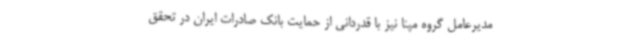
مدیرعامل گروه مپنا نیز با قدردانی از حمایت بانک صادرات ایران در تحقق